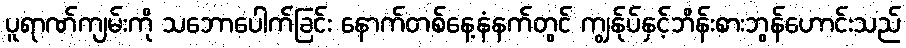
ပူရာဏ်ကျမ်းကို သဘောပေါက်ခြင်း နောက်တစ်နေ့နံနက်တွင် ကျွန်ုပ်နှင့်ဘိန်းစားဘွန်ဟောင်းသည်